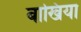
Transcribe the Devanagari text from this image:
बाखिया